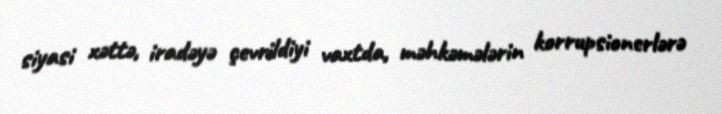
siyasi xəttə, iradəyə çevrildiyi vaxtda, məhkəmələrin korrupsionerlərə